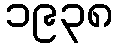
၁၉၃၈